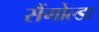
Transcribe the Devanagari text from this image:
सैंगोल्डा